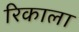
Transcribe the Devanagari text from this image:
रिकाला